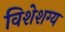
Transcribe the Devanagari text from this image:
विशेशग्य